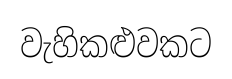
වැහිකළුවකට